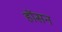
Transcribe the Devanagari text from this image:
होंसन